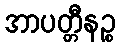
အာပတ္တီနဉ္စ